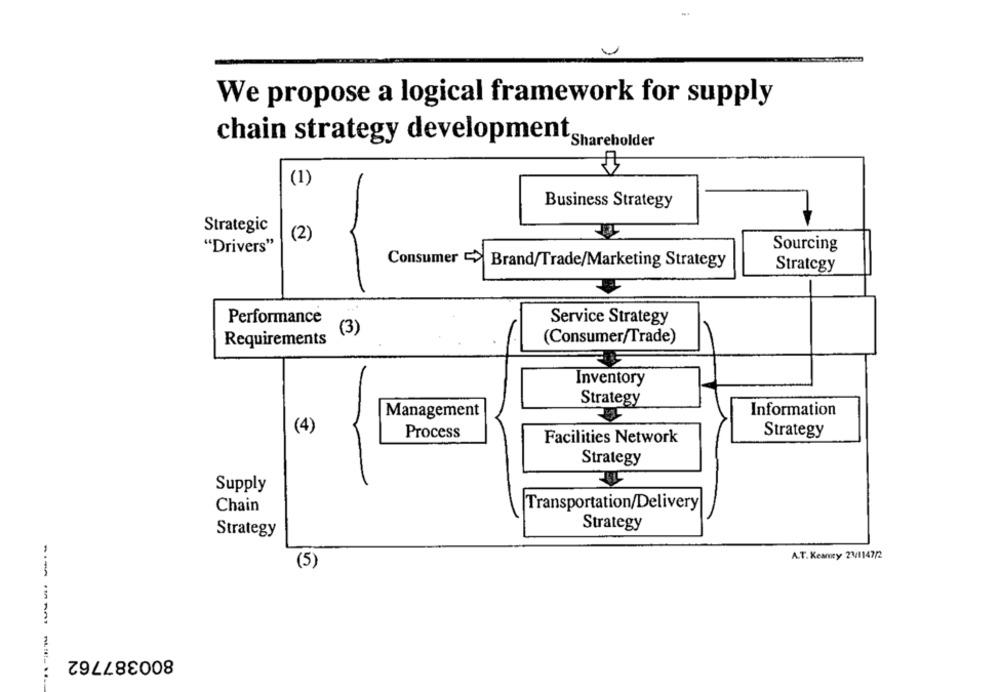
We propose a logical framework for supply
chain strategy development,
(1)
Business Strategy
Strategic
(2)
"Drivers"
Sourcing
Consumer > Brand/Trade/Marketing Strategy
Strategy
Performance
Service Strategy
(3)
Requirements
(Consumer/Trade)
Inventory
Strategy
Management
Information
(4)
Process
Strategy
Facilities Network
Strategy
Supply
Chain
Transportation/Delivery
Strategy
Strategy
A.T. Kearney 23/1147/2
(5)
800387762